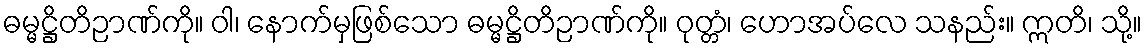
ဓမ္မဋ္ဌိတိဉာဏ်ကို။ ဝါ၊ နောက်မှဖြစ်သော ဓမ္မဋ္ဌိတိဉာဏ်ကို။ ဝုတ္တံ၊ ဟောအပ်လေ သနည်း။ ဣတိ၊ သို့။